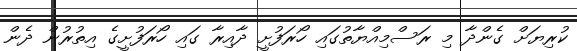
ކުރިޔަށް ގެންދާ މި ރަސްމިއްޔާތުގައި ހޯރަފުށީ ދާއިރާ ގައި ހޯރަފުށީގެ އިތުރުން ދެން